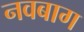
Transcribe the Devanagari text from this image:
नवबाग